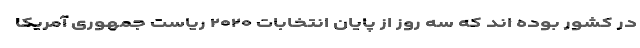
در کشور بوده اند که سه روز از پایان انتخابات ۲۰۲۰ ریاست جمهوری آمریکا